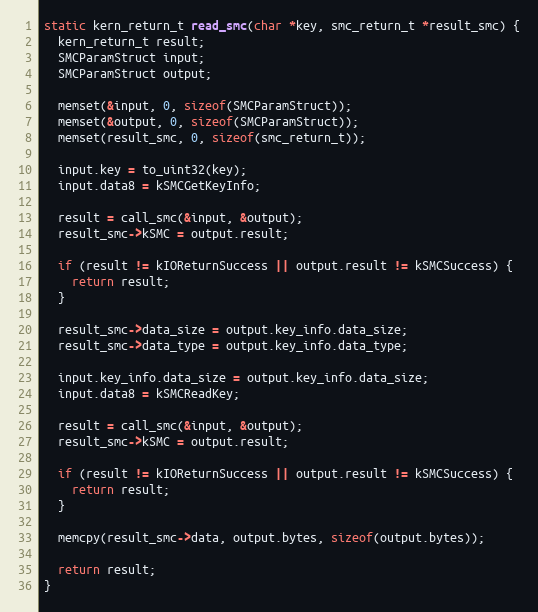
Language: C
static kern_return_t read_smc(char *key, smc_return_t *result_smc) {
  kern_return_t result;
  SMCParamStruct input;
  SMCParamStruct output;

  memset(&input, 0, sizeof(SMCParamStruct));
  memset(&output, 0, sizeof(SMCParamStruct));
  memset(result_smc, 0, sizeof(smc_return_t));

  input.key = to_uint32(key);
  input.data8 = kSMCGetKeyInfo;

  result = call_smc(&input, &output);
  result_smc->kSMC = output.result;

  if (result != kIOReturnSuccess || output.result != kSMCSuccess) {
    return result;
  }

  result_smc->data_size = output.key_info.data_size;
  result_smc->data_type = output.key_info.data_type;

  input.key_info.data_size = output.key_info.data_size;
  input.data8 = kSMCReadKey;

  result = call_smc(&input, &output);
  result_smc->kSMC = output.result;

  if (result != kIOReturnSuccess || output.result != kSMCSuccess) {
    return result;
  }

  memcpy(result_smc->data, output.bytes, sizeof(output.bytes));

  return result;
}